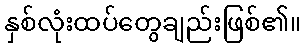
နှစ်လုံးထပ်တွေချည်းဖြစ်၏။